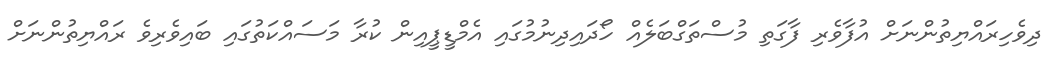
ދިވެހިރައްޔިތުންނަށް އުފާވެރި ފާގަތި މުސްތަގްބަލެއް ހޯދައިދިނުމުގައި އެމްޑީޕީއިން ކުރާ މަސައްކަތުގައި ބައިވެރިވެ ރައްޔިތުންނަށް